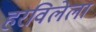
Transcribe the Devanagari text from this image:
हरविलेला